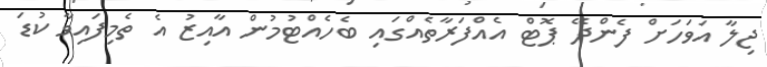
ޖިލާ އަވަހަށް ފެންދޭ ޕޮޓް އެއްފަރާތެއްގައި ބެހެއްޓުމުން އާއިޒު އެ ތެމިފައިވާ ކުޑަ